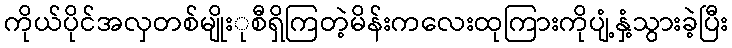
ကိုယ်ပိုင်အလှတစ်မျိုးုစီရှိကြတဲ့မိန်းကလေးထုကြားကိုပျံ့နှံ့သွားခဲ့ပြီး